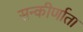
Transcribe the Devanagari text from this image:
सन्कीर्णाता